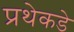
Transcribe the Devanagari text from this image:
प्रथेकडे